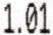
1.01